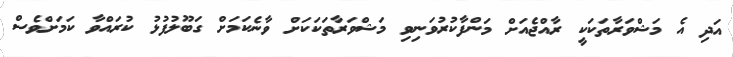
އަދި އެ މަޝްވަރާތަކަކީ ރާއްޖެއަށް މަންފާކުރުވަނިވި މަޝްވަރާތަކަކަށް ވާނެކަމަށް ގަބޫލުފުޅު ކުރައްވާ ކަމަށްވެސް